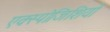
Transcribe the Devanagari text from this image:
एक्स्पोजिशियो